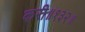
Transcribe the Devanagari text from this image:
करी॥१३२॥